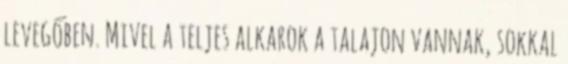
levegőben. Mivel a teljes alkarok a talajon vannak, sokkal